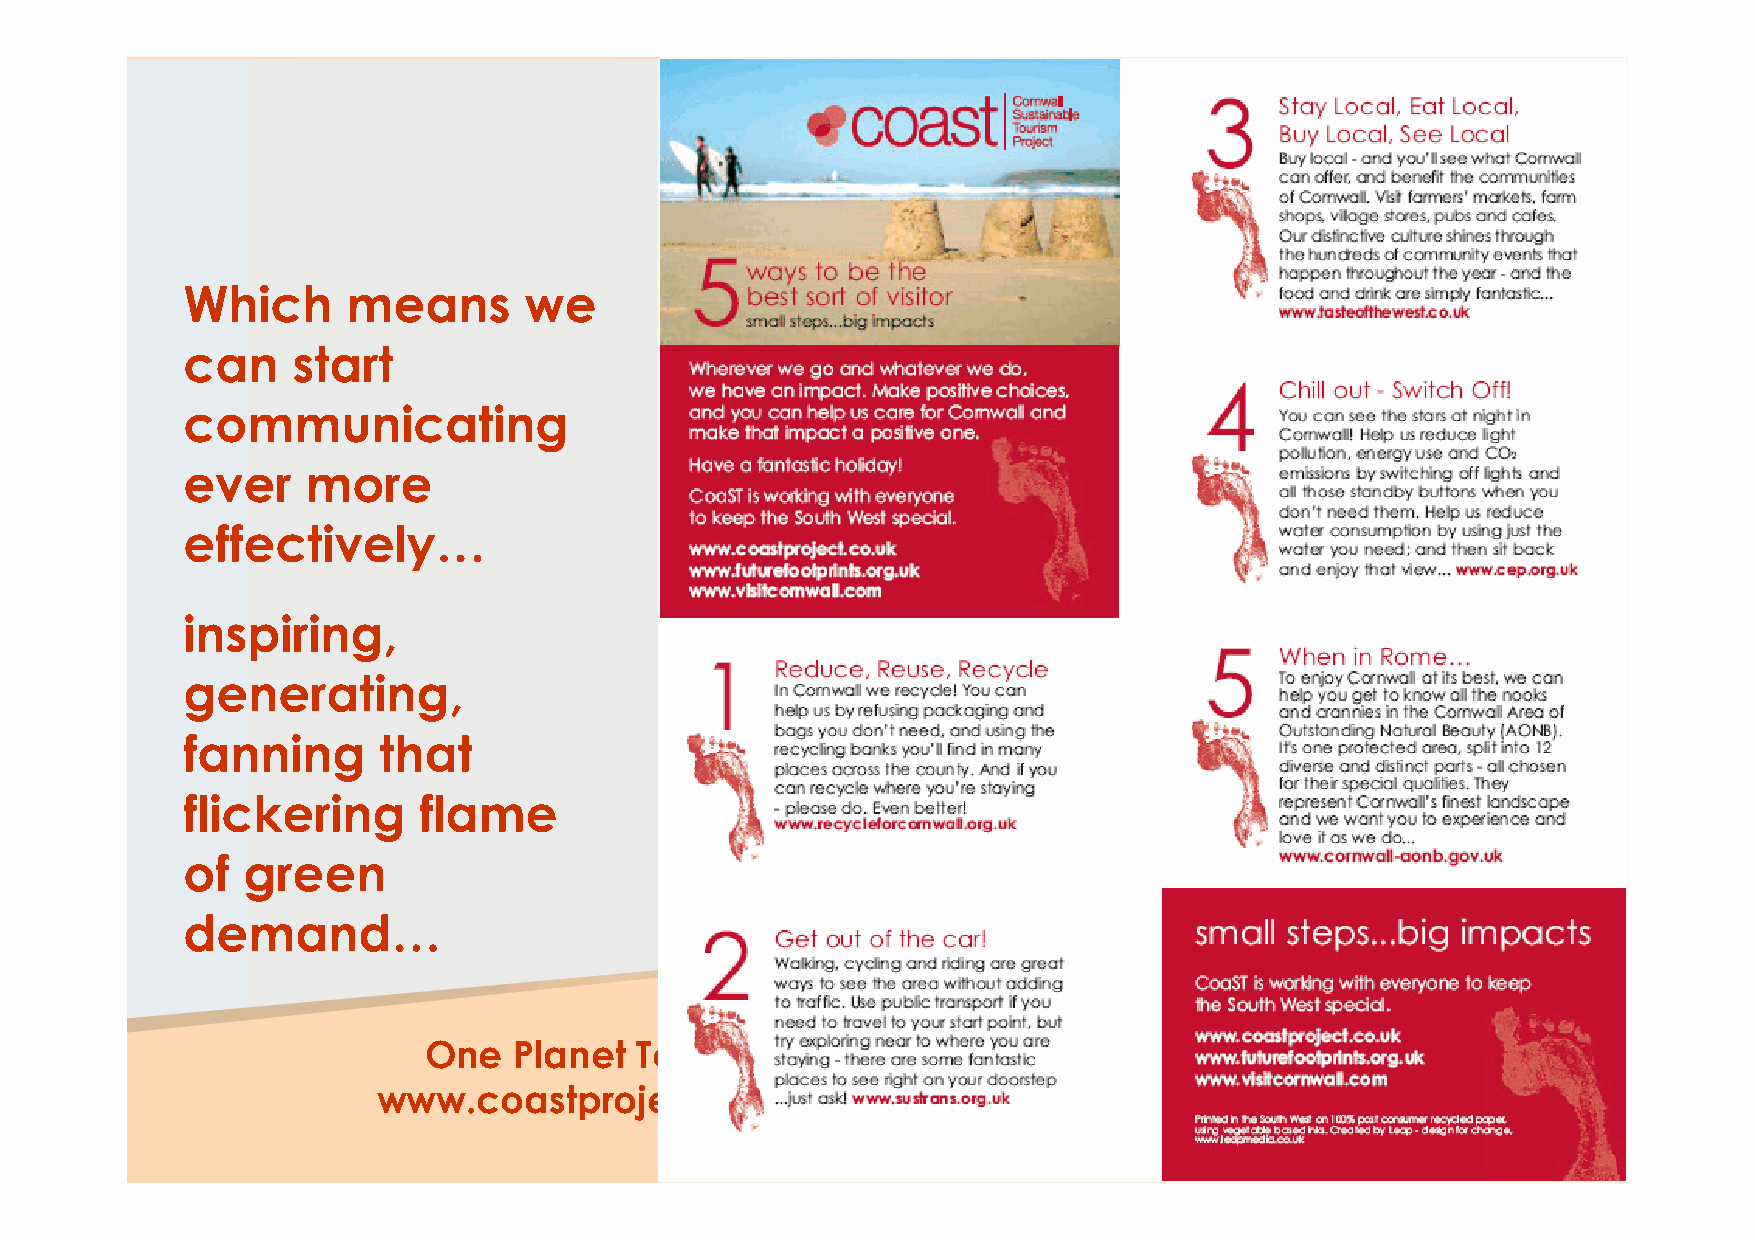
Which      means       we
 can    start
 communicating
 ever    more
 effectively…
 inspiring,
 generating,
 fanning      that
 flickering      flame
 of  green
 demand…
 One   Planet  Tourism
 www.coastproject.co.uk